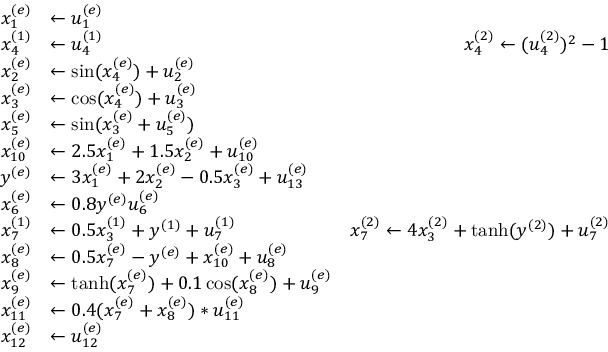
\begin{array} { r l r } { x _ { 1 } ^ { ( e ) } } & { \gets u _ { 1 } ^ { ( e ) } } \\ { x _ { 4 } ^ { ( 1 ) } } & { \gets u _ { 4 } ^ { ( 1 ) } \qquad \qquad \qquad \qquad } & { x _ { 4 } ^ { ( 2 ) } \gets ( u _ { 4 } ^ { ( 2 ) } ) ^ { 2 } - 1 } \\ { x _ { 2 } ^ { ( e ) } } & { \gets \sin ( x _ { 4 } ^ { ( e ) } ) + u _ { 2 } ^ { ( e ) } } \\ { x _ { 3 } ^ { ( e ) } } & { \gets \cos ( x _ { 4 } ^ { ( e ) } ) + u _ { 3 } ^ { ( e ) } } \\ { x _ { 5 } ^ { ( e ) } } & { \gets \sin ( x _ { 3 } ^ { ( e ) } + u _ { 5 } ^ { ( e ) } ) } \\ { x _ { 1 0 } ^ { ( e ) } } & { \gets 2 . 5 x _ { 1 } ^ { ( e ) } + 1 . 5 x _ { 2 } ^ { ( e ) } + u _ { 1 0 } ^ { ( e ) } } \\ { y ^ { ( e ) } } & { \gets 3 x _ { 1 } ^ { ( e ) } + 2 x _ { 2 } ^ { ( e ) } - 0 . 5 x _ { 3 } ^ { ( e ) } + u _ { 1 3 } ^ { ( e ) } } \\ { x _ { 6 } ^ { ( e ) } } & { \gets 0 . 8 y ^ { ( e ) } u _ { 6 } ^ { ( e ) } } \\ { x _ { 7 } ^ { ( 1 ) } } & { \gets 0 . 5 x _ { 3 } ^ { ( 1 ) } + y ^ { ( 1 ) } + u _ { 7 } ^ { ( 1 ) } } & { x _ { 7 } ^ { ( 2 ) } \gets 4 x _ { 3 } ^ { ( 2 ) } + \operatorname { t a n h } ( y ^ { ( 2 ) } ) + u _ { 7 } ^ { ( 2 ) } } \\ { x _ { 8 } ^ { ( e ) } } & { \gets 0 . 5 x _ { 7 } ^ { ( e ) } - y ^ { ( e ) } + x _ { 1 0 } ^ { ( e ) } + u _ { 8 } ^ { ( e ) } } \\ { x _ { 9 } ^ { ( e ) } } & { \gets \operatorname { t a n h } ( x _ { 7 } ^ { ( e ) } ) + 0 . 1 \cos ( x _ { 8 } ^ { ( e ) } ) + u _ { 9 } ^ { ( e ) } } \\ { x _ { 1 1 } ^ { ( e ) } } & { \gets 0 . 4 ( x _ { 7 } ^ { ( e ) } + x _ { 8 } ^ { ( e ) } ) * u _ { 1 1 } ^ { ( e ) } } \\ { x _ { 1 2 } ^ { ( e ) } } & { \gets u _ { 1 2 } ^ { ( e ) } } \end{array}